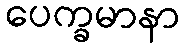
ပေက္ခမာနာ